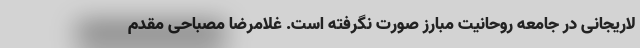
لاریجانی در جامعه روحانیت مبارز صورت نگرفته است. غلامرضا مصباحی مقدم